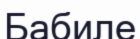
Бабиле